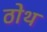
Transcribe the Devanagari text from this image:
ठोथ